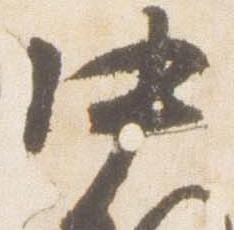
中